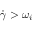
\dot { \gamma } > \omega _ { i }